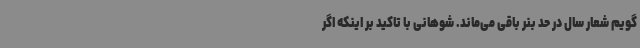
گویم شعار سال در حد بنر باقی می‌ماند. شوهانی با تاکید بر اینکه اگر